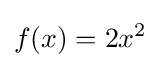
f(x)=2x^{2}